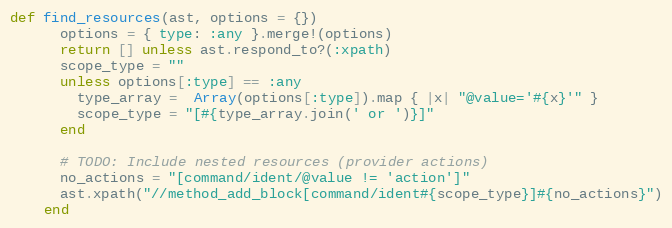
Language: Ruby
def find_resources(ast, options = {})
      options = { type: :any }.merge!(options)
      return [] unless ast.respond_to?(:xpath)
      scope_type = ""
      unless options[:type] == :any
        type_array =  Array(options[:type]).map { |x| "@value='#{x}'" }
        scope_type = "[#{type_array.join(' or ')}]"
      end

      # TODO: Include nested resources (provider actions)
      no_actions = "[command/ident/@value != 'action']"
      ast.xpath("//method_add_block[command/ident#{scope_type}]#{no_actions}")
    end